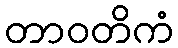
တာဝတိကံ